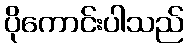
ပိုကောင်းပါသည်